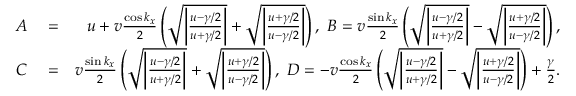
\begin{array} { r l r } { A } & { { } = } & { u + v \frac { \cos k _ { x } } { 2 } \left( \sqrt { \bigg | \frac { u - \gamma / 2 } { u + \gamma / 2 } \bigg | } + \sqrt { \bigg | \frac { u + \gamma / 2 } { u - \gamma / 2 } \bigg | } \right) , ~ B = v \frac { \sin k _ { x } } { 2 } \left( \sqrt { \bigg | \frac { u - \gamma / 2 } { u + \gamma / 2 } \bigg | } - \sqrt { \bigg | \frac { u + \gamma / 2 } { u - \gamma / 2 } \bigg | } \right) , } \\ { C } & { { } = } & { v \frac { \sin k _ { x } } { 2 } \left( \sqrt { \bigg | \frac { u - \gamma / 2 } { u + \gamma / 2 } \bigg | } + \sqrt { \bigg | \frac { u + \gamma / 2 } { u - \gamma / 2 } \bigg | } \right) , ~ D = - v \frac { \cos k _ { x } } { 2 } \left( \sqrt { \bigg | \frac { u - \gamma / 2 } { u + \gamma / 2 } \bigg | } - \sqrt { \bigg | \frac { u + \gamma / 2 } { u - \gamma / 2 } \bigg | } \right) + \frac { \gamma } { 2 } . } \end{array}